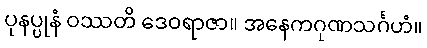
ပုနပ္ပုနံ ဝဿတိ ဒေဝရာဇာ။ အနေကဂုဏသင်္ဂဟံ။